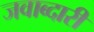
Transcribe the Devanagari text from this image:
जवाब्दारी